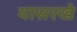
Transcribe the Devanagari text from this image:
यासरखे